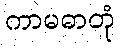
ကာမဓာတုံ